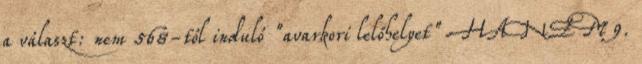
a választ: nem 568-tól induló "avarkori lelőhelyet" HANEM 9.